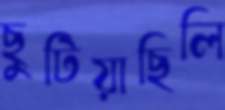
ছুটিয়াছিলি